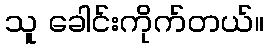
သူ ခေါင်းကိုက်တယ်။